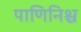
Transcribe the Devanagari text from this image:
पाणिनिश्च